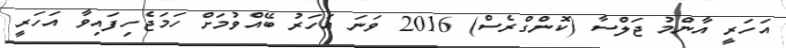
އަހަރީ އާންމު ޖަލްސާ (ކޮންގްރެސް) 2016 ވަނަ އަހަރު ބޭއްވުމަށް ހަމަޖެހިފައިވާ އަހަރީ